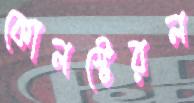
কোলস্টেরল